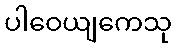
ပါဝေယျကေသု